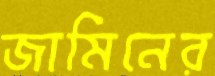
জামিনের